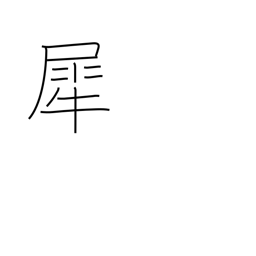
Meaning: rhinoceros